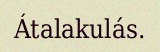
Átalakulás.